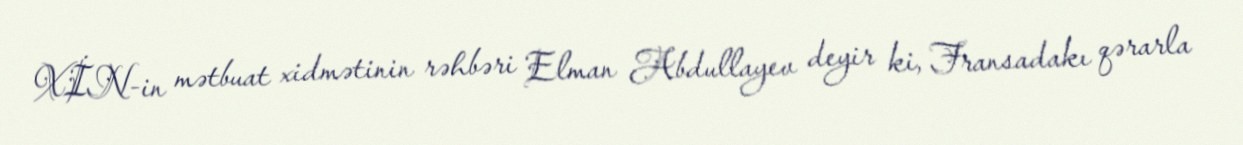
XİN-in mətbuat xidmətinin rəhbəri Elman Abdullayev deyir ki, Fransadakı qərarla